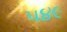
૫૪૯